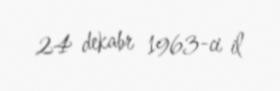
24 dekabr 1963-ci il